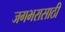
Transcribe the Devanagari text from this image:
जगभरासाठी